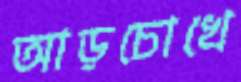
আড়চোখে